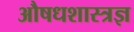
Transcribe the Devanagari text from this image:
औषधशास्त्रज्ञ